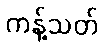
ကန့်သတ်